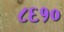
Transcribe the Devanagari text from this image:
८६१०